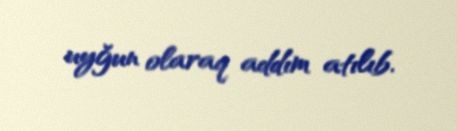
uyğun olaraq addım atılıb.